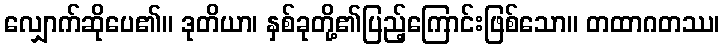
လျှောက်ဆိုပေ၏။ ဒုတိယာ၊ နှစ်ခုတို့၏ပြည့်ကြောင်းဖြစ်သော။ တထာဂတဿ၊